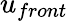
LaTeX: u_{front}